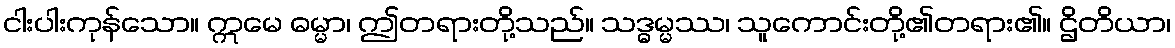
ငါးပါးကုန်သော။ ဣမေ ဓမ္မာ၊ ဤတရားတို့သည်။ သဒ္ဓမ္မဿ၊ သူကောင်းတို့၏တရား၏။ ဌိတိယာ၊